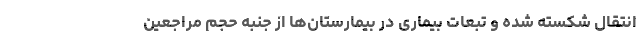
انتقال شکسته شده و تبعات بیماری در بیمارستان‌ها از جنبه حجم مراجعین